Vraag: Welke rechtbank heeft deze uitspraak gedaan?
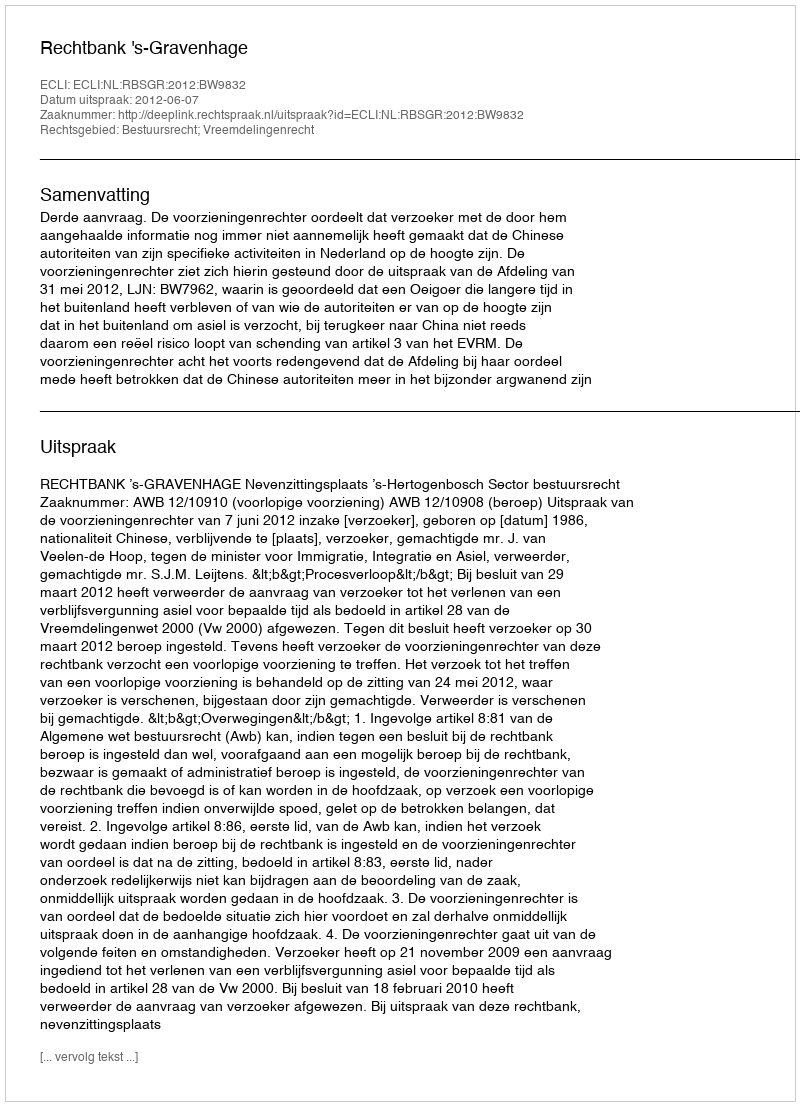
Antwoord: Rechtbank 's-Gravenhage